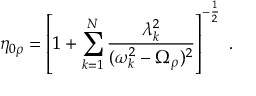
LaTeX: \eta _ { 0 \rho } = \left[ 1 + \sum _ { k = 1 } ^ { N } \frac { \lambda _ { k } ^ { 2 } } { ( \omega _ { k } ^ { 2 } - \Omega _ { \rho } ) ^ { 2 } } \right] ^ { - \frac { 1 } { 2 } } \; .